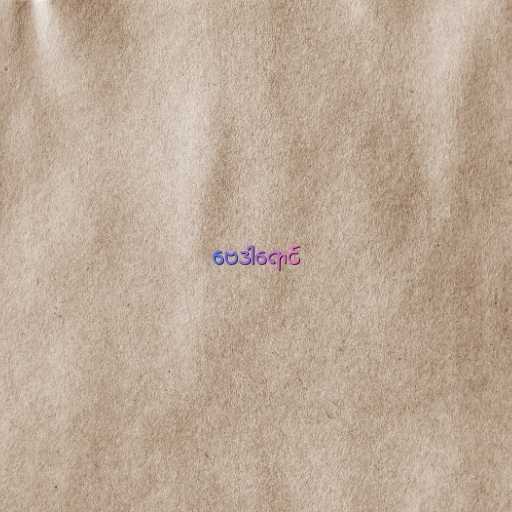
ဗေဒါရောင်